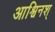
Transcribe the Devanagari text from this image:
आश्विनश्